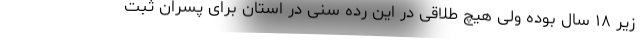
زیر ۱۸ سال بوده ولی هیچ طلاقی در این رده سنی در استان برای پسران ثبت